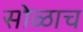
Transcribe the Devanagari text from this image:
सोळाच